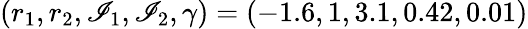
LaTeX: (r_{1},r_{2},\mathscr{I}_{1},\mathscr{I}_{2},\gamma)=(-1.6,1,3.1,0.42,0.01)